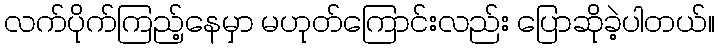
လက်ပိုက်ကြည့်နေမှာ မဟုတ်ကြောင်းလည်း ပြောဆိုခဲ့ပါတယ်။